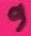
Text: 9